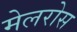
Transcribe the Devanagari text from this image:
मेलरोस